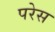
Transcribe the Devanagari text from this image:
परेस